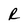
Character: R